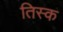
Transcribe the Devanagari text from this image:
तिस्क